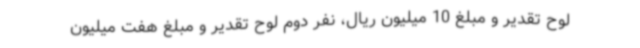
لوح تقدیر و مبلغ 10 میلیون ریال، نفر دوم لوح تقدیر و مبلغ هفت میلیون